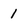
Character: 1